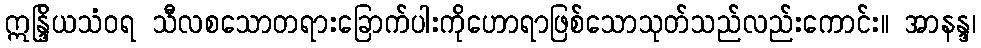
ဣန္ဒြိယသံဝရ သီလစသောတရားခြောက်ပါးကိုဟောရာဖြစ်သောသုတ်သည်လည်းကောင်း။ အာနန္ဒ၊